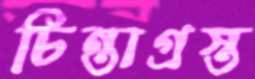
চিন্তাগ্রস্ত